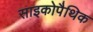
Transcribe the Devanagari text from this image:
साइकोपैथिक